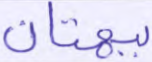
ببهتان